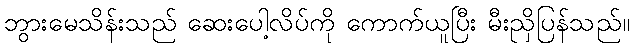
ဘွားမေသိန်းသည် ဆေးပေါ့လိပ်ကို ကောက်ယူပြီး မီးညှိပြန်သည်။